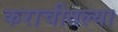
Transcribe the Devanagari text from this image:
कराचीतल्या